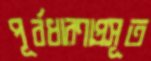
পূর্বধারণাপ্রসূত